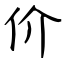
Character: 价